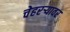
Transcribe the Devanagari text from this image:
चेहरऱ्यावर